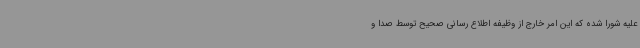
علیه شورا شده که این امر خارج از وظیفه اطلاع رسانی صحیح توسط صدا و